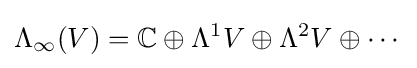
\Lambda _{\infty }(V)=\mathbb {C} \oplus \Lambda ^{1}V\oplus \Lambda ^{2}V\oplus \cdots